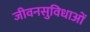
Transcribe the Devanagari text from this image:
जीवनसुविधाओं